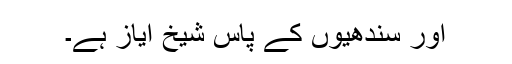
اور سندھیوں کے پاس شیخ ایاز ہے۔